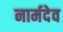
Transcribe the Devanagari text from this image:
नार्मदेव